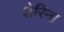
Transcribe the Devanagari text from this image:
शेरिना